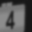
Digit: 4